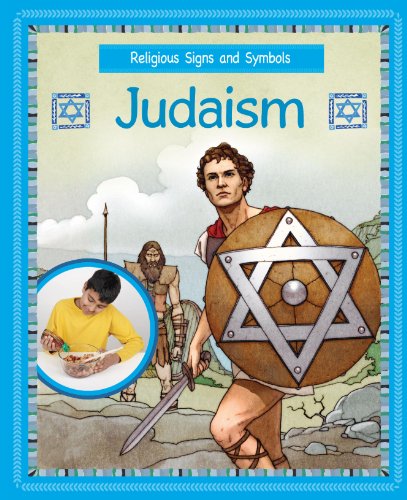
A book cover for Judaism (Religious Signs & Symbols); Cath Senker; Children's Books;